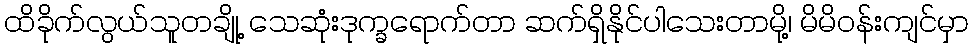
ထိခိုက်လွယ်သူတချို့ သေဆုံးဒုက္ခရောက်တာ ဆက်ရှိနိုင်ပါသေးတာမို့၊ မိမိဝန်းကျင်မှာ